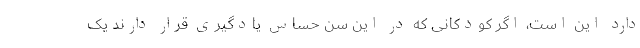
دارد این است، اگر کودکانی که در این سن حساس یادگیری قرار دارند یک